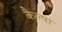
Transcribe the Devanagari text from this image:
कैल्पा